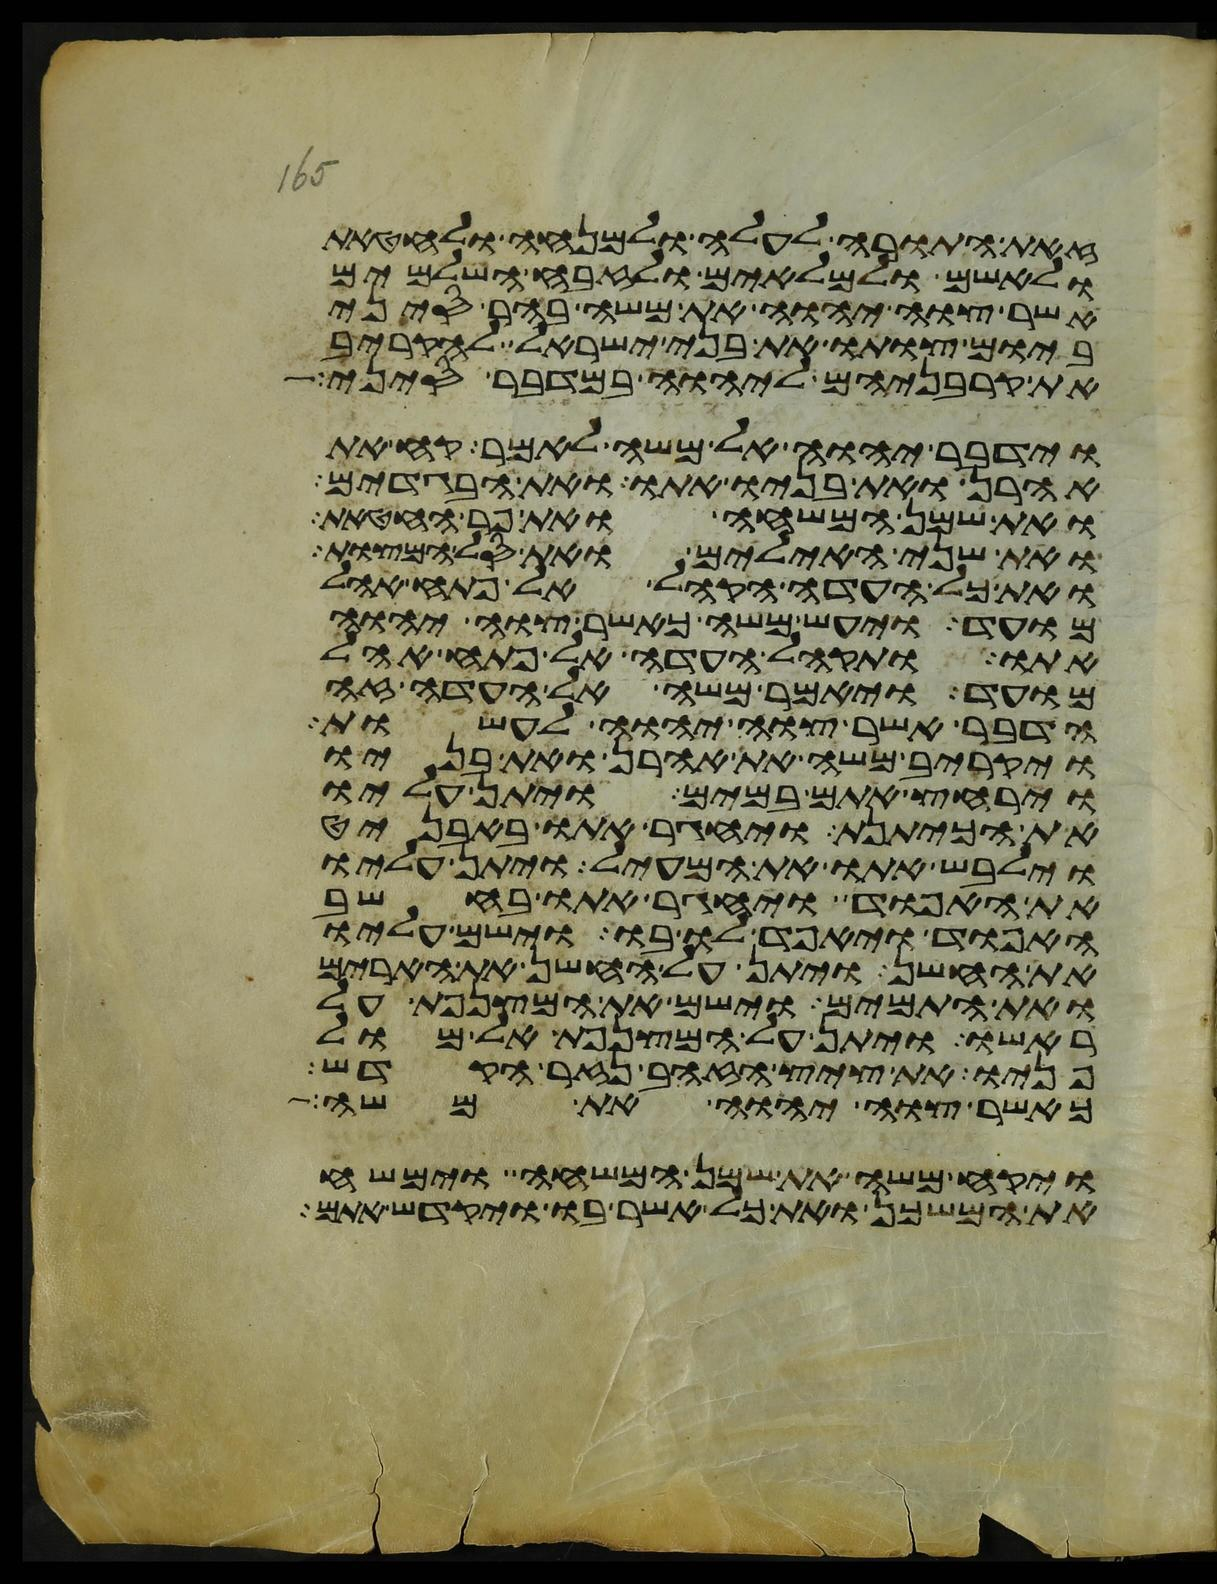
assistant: זאת התורה לעלה ולמנחה ולחטאת
ולאשם ולמלאים ולזבח השלמים
אשר צוה יהוה את משה בהר סיני
ביום צותו את בני ישראל להקריב
את קרבניהם ליהוה במדבר סיני
וידבר יהוה אל משה לאמר קח את
אהרן ואת בניו אתו ואת הבגדים
ואת שמן המשחה ואת פר החטאת
ואת שני האילים ואת סל המצות
ואת כל העדה הקהל אל פתח אהל
מועד ויעש משה כאשר צוה יהוה
אתו ותקהל העדה אל פתח אהל
מועד ויאמר משה אל העדה זה
הדבר אשר צוה יהוה לעשות
ויקריב משה את אהרן ואת בניו
וירחץ אתם במים ויתן עליו
את הכיתנת ויחגר אתו באבניט
וילבש אתו את המעיל ויתן עליו
את האפוד ויחגר אתו בחשב
האפוד ויאפד לו בו וישם עליו
את החשן ויתן על החשן את הארים
ואת התמים וישם את המצנפת על
ראשו ויתן על המצנפת אל מול
פניו את ציץ הזהב נזר הקדש
כאשר צוה יהוה את משה
ויקח משה את שמן המשחה וימשח
את המשכן ואת כל אשר בו ויקדש אתם